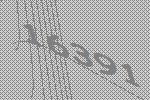
16391